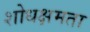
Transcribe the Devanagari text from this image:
शोधक्षमता